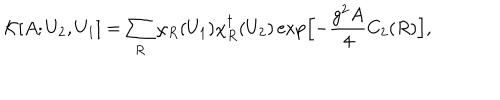
{ \cal K } [ A ; U _ { 2 } , U _ { 1 } ] = \sum _ { R } \chi _ { R } ( U _ { 1 } ) \chi _ { R } ^ { \dagger } ( U _ { 2 } ) \exp \Bigl [ - \frac { g ^ { 2 } A } { 4 } C _ { 2 } ( R ) \Bigr ] ,